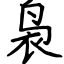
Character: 袅